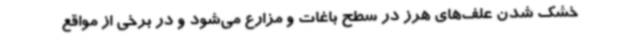
خشک شدن علف‌های هرز در سطح باغات و مزارع می‌شود و در برخی از مواقع